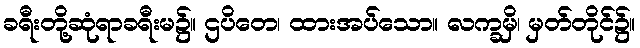
ခရီးတို့ဆုံရာခရီးမ၌။ ဌပိတေ၊ ထားအပ်သော။ လက္ခမှိ၊ မှတ်တိုင်၌။